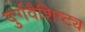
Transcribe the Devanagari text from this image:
दुर्गवैशिष्ट्य